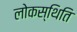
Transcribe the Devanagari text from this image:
लोकस्थिति